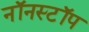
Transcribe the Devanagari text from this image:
नॉनस्‍टॉप